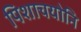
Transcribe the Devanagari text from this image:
पिशाचयोनि